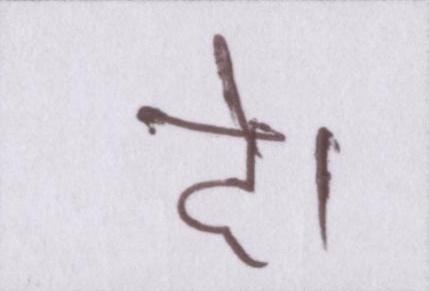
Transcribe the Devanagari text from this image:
दे।